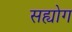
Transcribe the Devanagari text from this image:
सह्योग